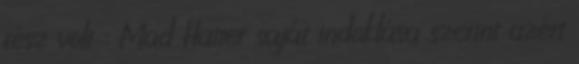
rész volt : Mad Hatter saját indoklása szerint azért